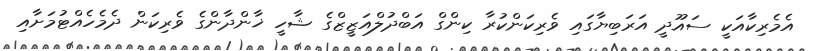
އެމެރިކާއަކީ ސައޫދީ އަރަބިޔާގައި ވެރިކަންކުރާ ކިންގް އަބްދުލްއަޒީޒްގެ ޝާހީ ޚާންދާންގެ ވެރިކަން ދެމެހެއްޓުމަށާއި